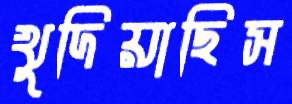
খুদিয়াছিস